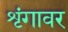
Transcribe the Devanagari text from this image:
शृंगावर